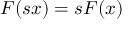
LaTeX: F ( s x ) = s F ( x )